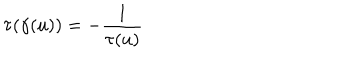
\tau ( \gamma ( u ) ) = - \frac { 1 } { \tau ( u ) }